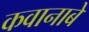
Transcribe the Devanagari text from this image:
कवानाबे